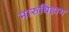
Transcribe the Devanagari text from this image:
मारुबिहाग